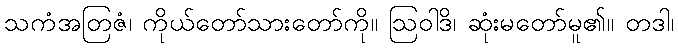
သကံအတြဇံ၊ ကိုယ်တော်သားတော်ကို။ ဩဝါဒိ၊ ဆုံးမတော်မူ၏။ တဒါ၊